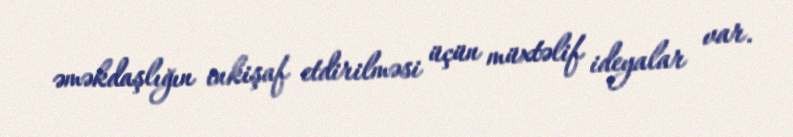
əməkdaşlığın inkişaf etdirilməsi üçün müxtəlif ideyalar var.